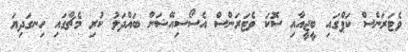
ވެޓަރަންސް ކަޕްގައި ބީޖީއާއި ސޮކަ ވެޓަރަންސް އެސޯސިއޭޝަން ބައްދަލު ކުރި މެޗްގައި ހިނގަދިޔަ